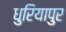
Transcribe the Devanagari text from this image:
धुरियापुर